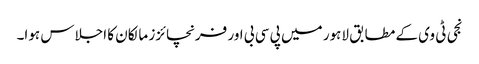
نجی ٹی وی کے مطابق لاہور میں پی سی بی اور فرنچائزز مالکان کا اجلاس ہوا۔